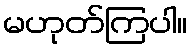
မဟုတ်ကြပါ။